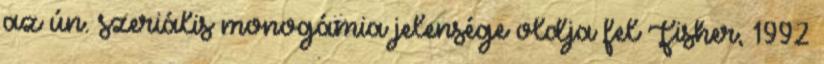
az ún. szeriális monogámia jelensége oldja fel Fisher, 1992